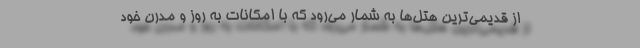
از قدیمی‌ترین هتل‌ها به شمار می‌رود که با امکانات به روز و مدرن خود